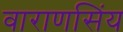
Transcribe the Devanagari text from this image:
वाराणसिंय